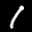
Label: 1